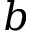
b